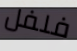
فلفل